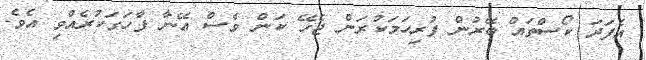
އެފަދަ ކޯސްތައް ބޭރުން ފުރިހަމަކުރަން ޖެހޭ ކަން ވެސް އޭނާ ފާހަގަކުރެއްވި އެވެ.